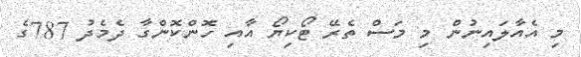
މި އެއާލައިނުން މި މަސް ތެރޭ ޓޯކިޔޯ އާއި ހޮންކޮންގާ ދެމެދު 787ގެ